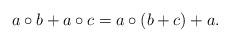
LaTeX: \begin{align*} a\circ b+a\circ c = a\circ(b+c)+a. \end{align*}